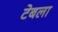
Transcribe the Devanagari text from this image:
टेबला